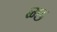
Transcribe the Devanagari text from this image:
ब्ग्छ